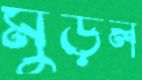
মুড়ল